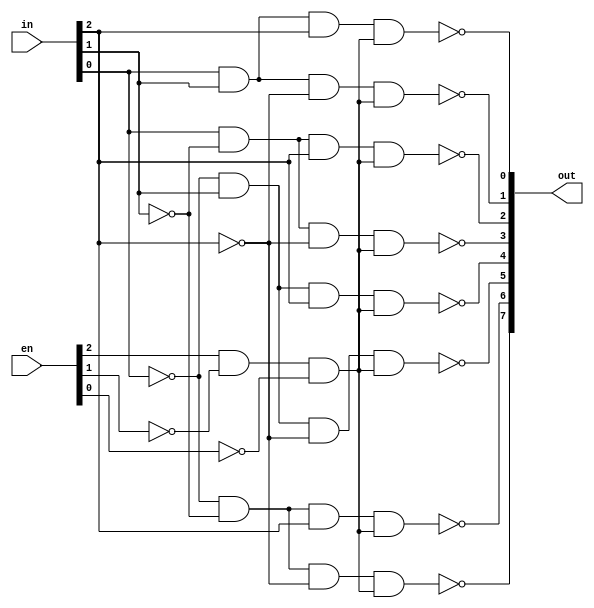
// ************************Declaration*************************************** //
//                                                                            //  
// Abstract:                                                                  //
// dedocder38 for verilog.                                                    //
// [0:2]in is 3-port select input.                                            //
// [0:7]out is 7-port select output.                                          //
// [0:2]en is enable port.                                                    //
// Send 3'b100 to enable port and send 3'bxxx(000~111 3-bit binary code)      //
// to select input can be accessed by the corresponding select output.        //
//                                                                            //  
// Reference:                                                                 //
// http://www.ti.com/lit/ds/symlink/sn74ls138.pdf                             //
// https://en.wikibooks.org/wiki/VHDL_for_FPGA_Design/Decoder                 //
//                                                                            //
// Modification history:(including time, version, author and abstract)        //
// 2016-08-30 22:14 version 1.0                                               //
// 2016-08-31 10:23 change wire name.                                         //
// ************************Declaration*************************************** //

module decoders38(in, out, en);
	input [0:2]in;
	input [0:2]en;
	output [0:7]out;
	wire enableWire;
	
	and
	andGateEnable(enableWire, en[0], ~en[1], ~en[2]);
	
	nand 
	nandGate0(out[0], ~in[2], ~in[1], ~in[0], enableWire),
	nandGate1(out[1], ~in[2], ~in[1], in[0], enableWire),
	nandGate2(out[2], ~in[2], in[1], ~in[0], enableWire),
	nandGate3(out[3], ~in[2], in[1], in[0], enableWire),
	nandGate4(out[4], in[2], ~in[1], ~in[0], enableWire),
	nandGate5(out[5], in[2], ~in[1], in[0], enableWire),
	nandGate6(out[6], in[2], in[1], ~in[0], enableWire),
	nandGate7(out[7], in[2], in[1], in[0], enableWire);
endmodule